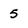
Character: 5